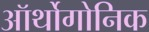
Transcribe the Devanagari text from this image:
ऑर्थोगोनिक